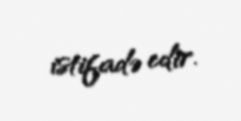
istifadə edir.